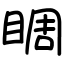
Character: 睭